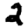
Digit: 2